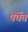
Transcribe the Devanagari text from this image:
पर्येंत